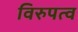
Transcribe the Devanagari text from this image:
विरुपत्व